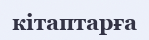
кітаптарға